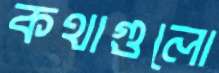
কথাগুলো